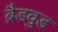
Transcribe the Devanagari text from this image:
ब्रैडवुड